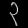
Digit: ၃